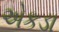
એકડા